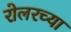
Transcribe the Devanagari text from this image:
रोलरच्या